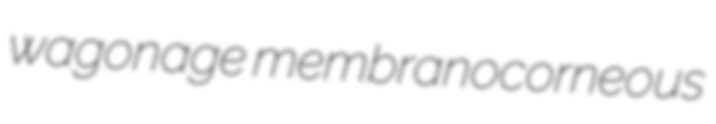
wagonage membranocorneous